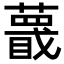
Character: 𬞱